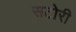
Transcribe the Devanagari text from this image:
सटोरी